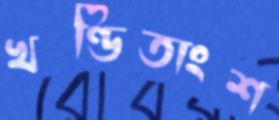
খণ্ডিতাংশ